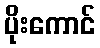
ပိုးကောင်